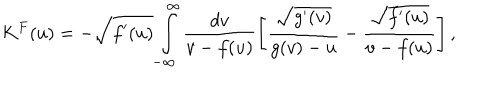
LaTeX: K ^ { F } ( u ) = - \sqrt { f ^ { \prime } ( u ) } \int _ { - \infty } ^ { \infty } \frac { d v } { v - f ( u ) } \left[ \frac { \sqrt { g ^ { \prime } ( v ) } } { g ( v ) - u } - \frac { \sqrt { f ^ { \prime } ( u ) } } { v - f ( u ) } \right] ,